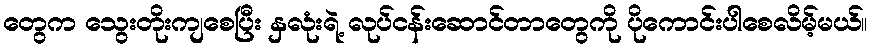
တွေက သွေးတိုးကျစေပြီး နှလုံးရဲ့ လုပ်ငန်းဆောင်တာတွေကို ပိုကောင်းပါစေလိမ့်မယ်။